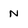
Character: N